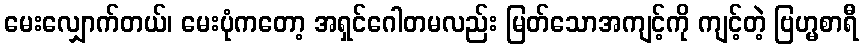
မေးလျှောက်တယ်၊ မေးပုံကတော့ အရှင်ဂေါတမလည်း မြတ်သောအကျင့်ကို ကျင့်တဲ့ ဗြဟ္မစာရီ